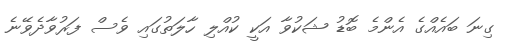
ގިނަ ބައެއްގެ އެންމެ ބޮޑު ޝަކުވާ އަކީ ކުއްލި ހާލަތުގައި ވެސް ފަރުވާދެވޭނެ